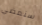
سنمضي